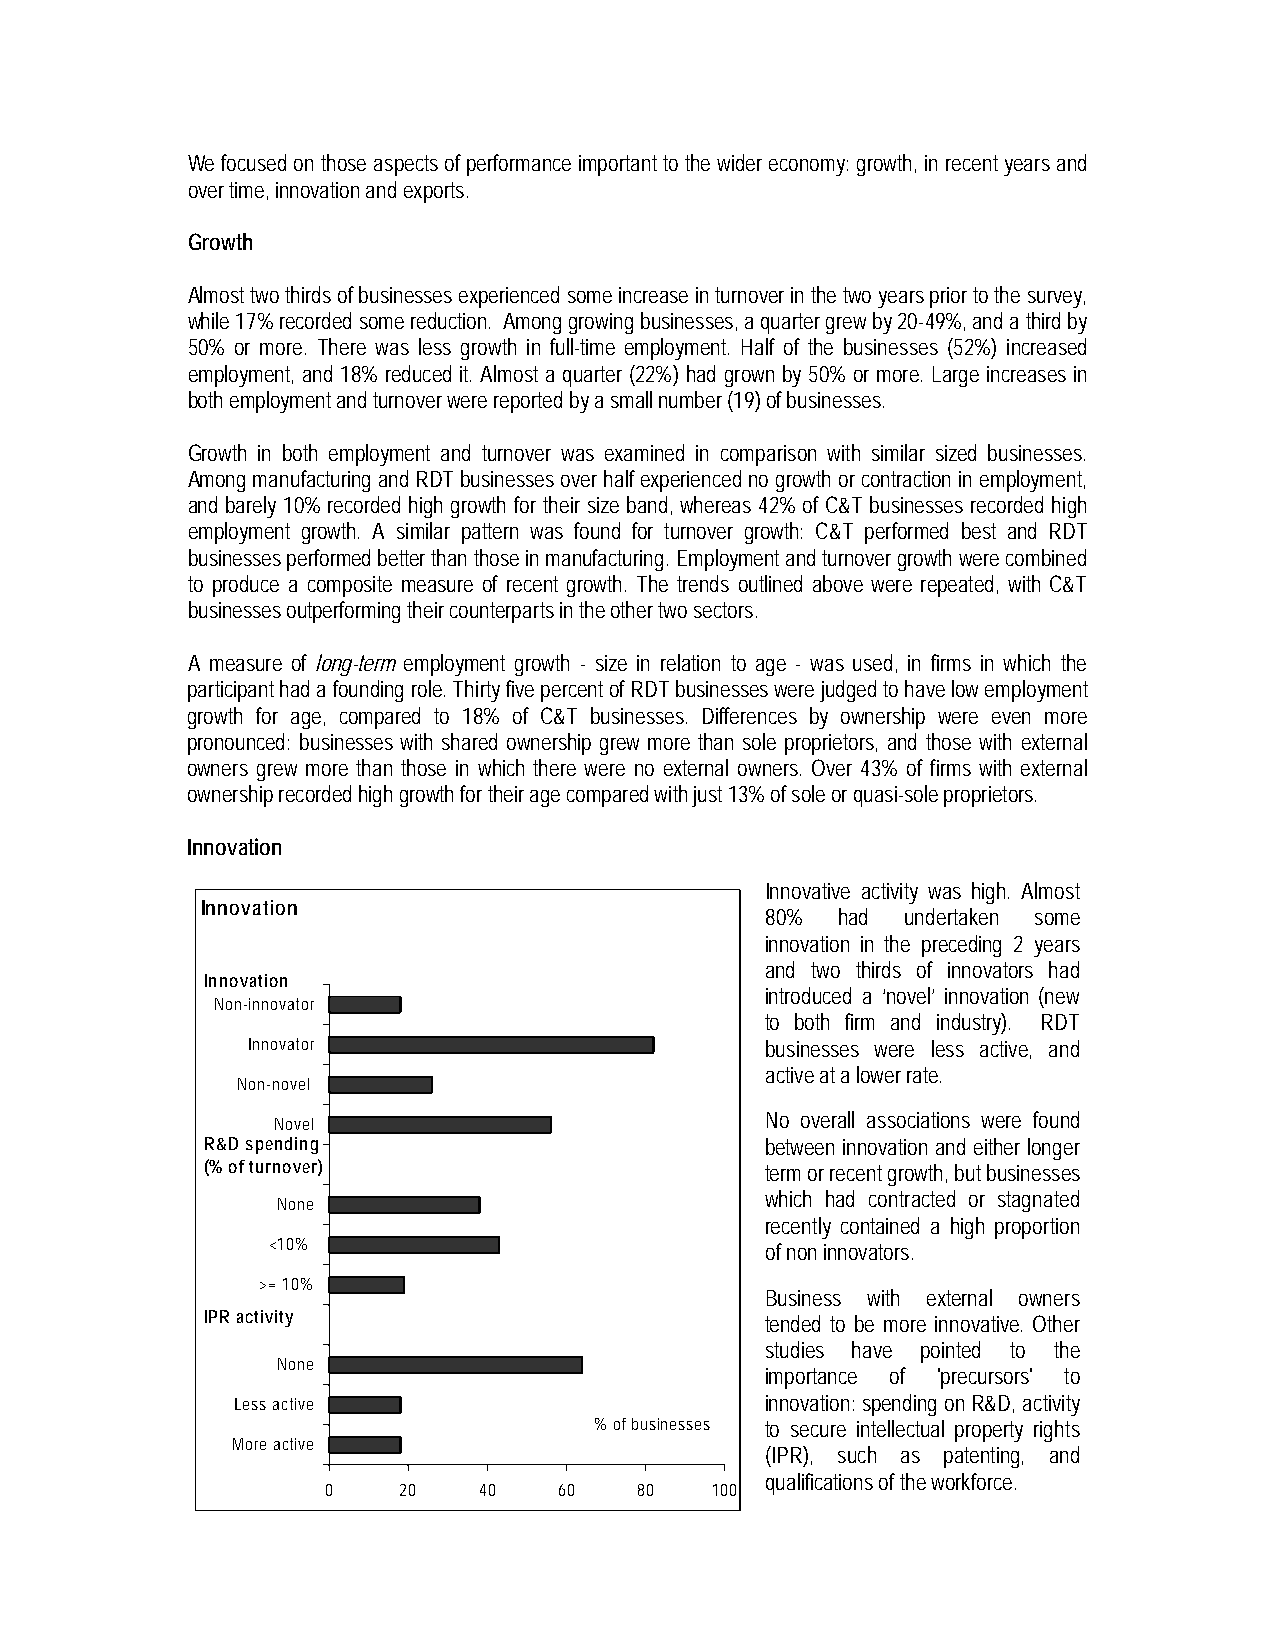
We focused on those aspects of performance important to the wider economy: growth, in recent years and
 over time, innovation and exports.
 Growth
 Almost two thirds of businesses experienced some increase in turnover in the two years prior to the survey,
 while 17% recorded some reduction. Among growing businesses, a quarter grew by 20-49%, and a third by
 50% or more. There was less growth in full-time employment. Half of the businesses (52%) increased
 employment, and 18% reduced it. Almost a quarter (22%) had grown by 50% or more. Large increases in
 both employment and turnover were reported by a small number (19) of businesses.
 Growth in both employment and turnover was examined in comparison with similar sized businesses.
 Among manufacturing and RDT businesses over half experienced no growth or contraction in employment,
 and barely 10% recorded high growth for their size band, whereas 42% of C&T businesses recorded high
 employment growth. A similar pattern was found for turnover growth: C&T performed best and RDT
 businesses performed better than those in manufacturing. Employment and turnover growth were combined
 to produce a composite measure of recent growth. The trends outlined above were repeated, with C&T
 businesses outperforming their counterparts in the other two sectors.
 A measure of long-term employment growth - size in relation to age - was used, in firms in which the
 participant had a founding role. Thirty five percent of RDT businesses were judged to have low employment
 growth for age, compared to 18% of C&T businesses. Differences by ownership were even more
 pronounced: businesses with shared ownership grew more than sole proprietors, and those with external
 owners grew more than those in which there were no external owners. Over 43% of firms with external
 ownership recorded high growth for their age compared with just 13% of sole or quasi-sole proprietors.
 Innovation
 Innovative activity was high. Almost
 Innovation
 80% had  undertaken some
 innovation in the preceding 2 years
 and two thirds of innovators had
 Innovation
 introduced a ‘novel’ innovation (new
 Non-innovator
 to both firm and industry). RDT
 Innovator                          businesses were less active, and
 active at a lower rate.
 Non-novel
 Novel                            No overall associations were found
 R&D spending                         between innovation and either longer
 (% of turnover)                      term or recent growth, but businesses
 which had contracted or stagnated
 None
 recently contained a high proportion
 <10%                             of non innovators.
 >= 10%
 Business with external owners
 IPR activity                         tended to be more innovative. Other
 studies have pointed to the
 None
 importance of 'precursors' to
 Less active                        innovation: spending on R&D, activity
 % of businesses to secure intellectual property rights
 More active
 (IPR), such as patenting, and
 qualifications of the workforce.
 0   20    40   60   80   100